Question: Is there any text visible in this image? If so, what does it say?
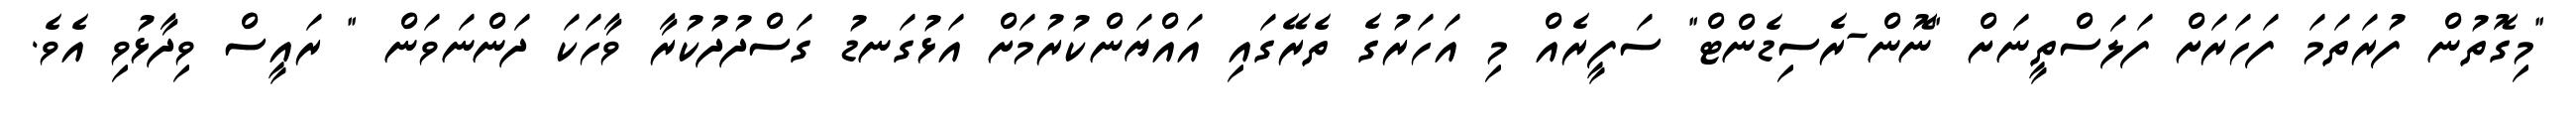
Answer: "މިގޮތުން ފުރަތަމަ ފަހަރަށް ފަލަސްތީނަށް "ނޮން-ރެސިޑެންޓް" ސަފީރެއް މި އަހަރުގެ ތެރޭގައި އައްޔަންކުރުމަށް އަޅުގަނޑު ގަސްދުދުކުރާ ވާހަކަ ދަންނަވަން " ރައީސް ވިދާޅުވި އެވެ.